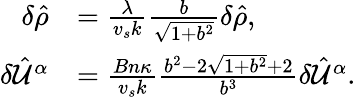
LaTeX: \begin{array}{rl}{\delta\hat{\rho}}&{=\frac{\lambda}{v_{s}k}\frac{b}{\sqrt{1+b^{2}}}\delta\hat{\rho},}\\ {\delta\hat{\mathcal{U}}^{\alpha}}&{=\frac{Bn\kappa}{v_{s}k}\frac{b^{2}-2\sqrt{1+b^{2}}+2}{b^{3}}\delta\hat{\mathcal{U}}^{\alpha}.}\end{array}